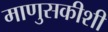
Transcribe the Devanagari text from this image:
माणुसकीशी